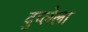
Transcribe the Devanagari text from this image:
दुप्लेला